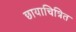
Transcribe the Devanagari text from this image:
छायाचित्रित